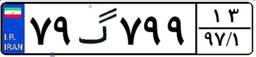
۷۹گ۷۹۹۱۳